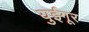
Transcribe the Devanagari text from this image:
युईगूर